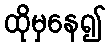
ထိုမှနေ၍